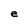
Character: e